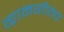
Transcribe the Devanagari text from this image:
ग्रामगीतेचे